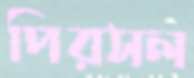
পিরসল